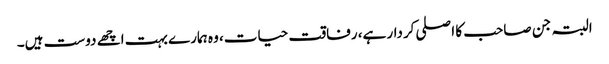
البتہ جن صاحب کا اصلی کردار ہے، رفاقت حیات، وہ ہمارے بہت اچھے دوست ہیں۔